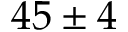
4 5 \pm 4